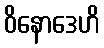
ဝိနောဒေဟိ